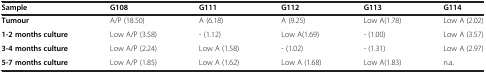
| Sample | G108 | G111 | G112 | G113 | G114 |
 | --- | --- | --- | --- | --- | --- |
 | Tumour | A/P (18.50) | A (6.18) | A (9.25) | Low A(1.78) | Low A (2.02) |
 | 1-2 months culture | Low A/P (3.58) | - (1.12) | Low A(1.69) | - (1.00) | Low A (3.57) |
 | 3-4 months culture | Low A/P (2.24) | Low A (1.58) | - (1.02) | - (1.31) | Low A (2.97) |
 | 5-7 months culture | Low A/P (1.85) | Low A (1.62) | Low A (1.68) | Low A(1.83) | n.a. |